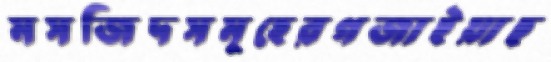
মসজিদসমূহেরগজাইয়াছ